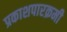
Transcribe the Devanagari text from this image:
प्रकाशपारक्रमी